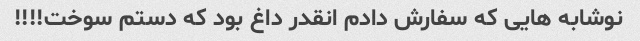
نوشابه هایی که سفارش دادم انقدر داغ بود که دستم سوخت!!!!